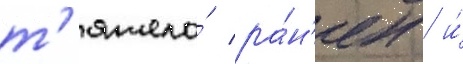
т'яжело́ ра́н'ен / и́